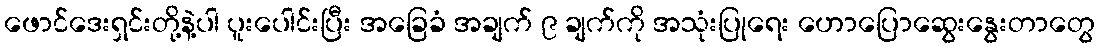
ဖောင်ဒေးရှင်းတို့နဲ့ပါ ပူးပေါင်းပြီး အခြေခံ အချက် ၉ ချက်ကို အသုံးပြုရေး ဟောပြောဆွေးနွေးတာတွေ